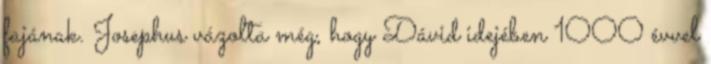
fajának. Josephus vázolta még, hogy Dávid idejében 1000 évvel